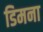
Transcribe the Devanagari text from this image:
डिमना